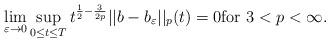
LaTeX: \begin{align*}\lim_{\varepsilon\to0}\sup_{0\leq t\leq T}t^{\frac{1}{2}-\frac{3}{2p}}||b-b_{\varepsilon}||_{p}(t)=0\textrm{for}\ 3<p< \infty. \end{align*}